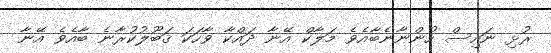
ރުޅި ނައިސް ހުންނާނެބާއެވެ މަލާކް އޭނާ ދައްކާ ވާހަކަ ޤަބޫލުކުރާނެ ބާއެވެ އޭނާ